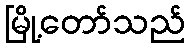
မြို့တော်သည်